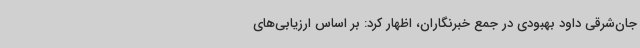
جان‌شرقی داود بهبودی در جمع خبرنگاران، اظهار کرد: بر اساس ارزیابی‌های